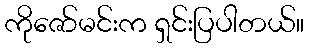
ကိုဇော်မင်းက ရှင်းပြပါတယ်။